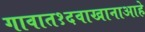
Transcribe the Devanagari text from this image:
गावात१दवाखानाआहे